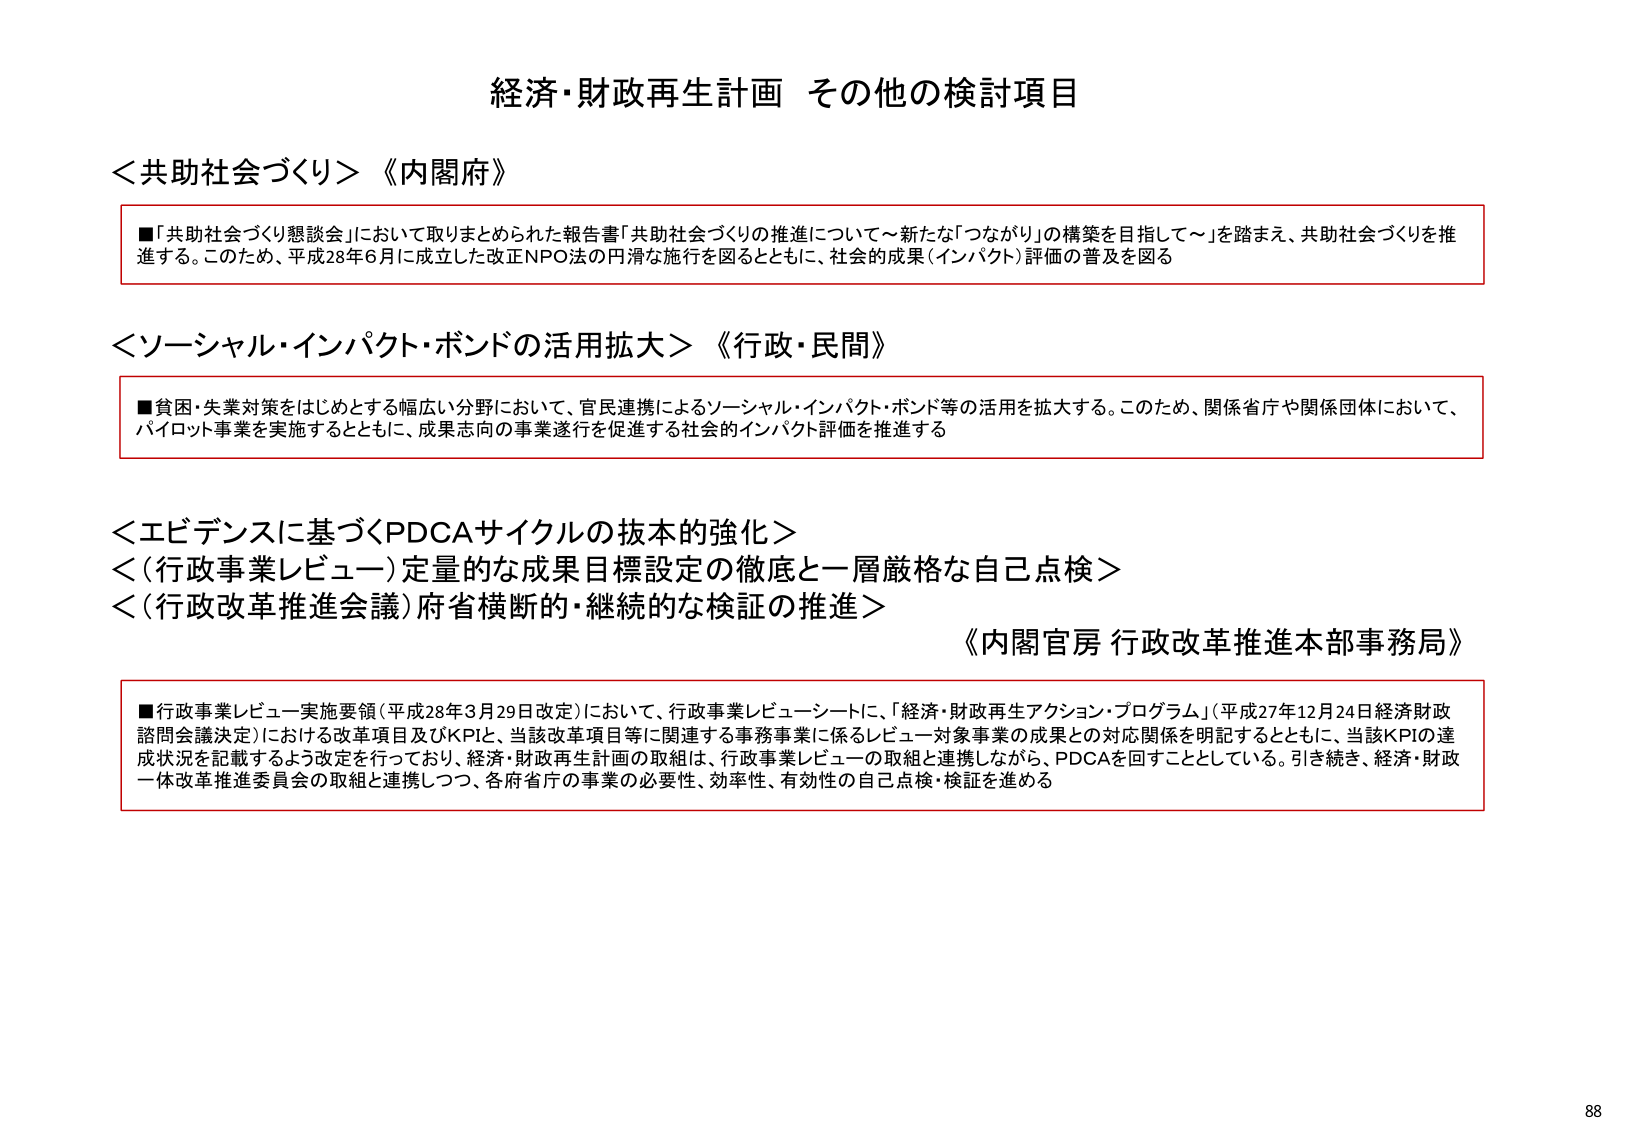
経済・財政再生計画 その他の検討項目

＜共助社会づくり＞《内閣府》
■「共助社会づくり懇談会」において取りまとめられた報告書「共助社会づくりの推進について～新たな「つながり」の構築を目指して～」を踏まえ、共助社会づくりを推進する。このため、平成28年6月に成立した改正NPO法の円滑な施行を図るとともに、社会的成果（インパクト）評価の普及を図る

＜ソーシャル・インパクト・ボンドの活用拡大＞《行政・民間》
■貧困・失業対策をはじめとする幅広い分野において、官民連携によるソーシャル・インパクト・ボンド等の活用を拡大する。このため、関係省庁や関係団体において、パイロット事業を実施するとともに、成果志向の事業遂行を促進する社会的インパクト評価を推進する

＜エビデンスに基づくPDCAサイクルの抜本的強化＞
＜（行政事業レビュー）定量的な成果目標設定の徹底と一層厳格な自己点検＞
＜（行政改革推進会議）府省横断的・継続的な検証の推進＞
《内閣官房 行政改革推進本部事務局》
■行政事業レビュー実施要領（平成28年3月29日改定）において、行政事業レビューシートに、「経済・財政再生アクション・プログラム」（平成27年12月24日経済財政諮問会議決定）における改革項目及びKPIと、当該改革項目等に関連する事務事業に係るレビュー対象事業の成果との対応関係を明記するとともに、当該KPIの達成状況を記載するよう改定を行っており、経済・財政再生計画の取組は、行政事業レビューの取組と連携しながら、PDCAを回すこととしている。引き続き、経済・財政一体改革推進委員会の取組と連携しつつ、各府省庁の事業の必要性、効率性、有効性の自己点検・検証を進める

88